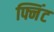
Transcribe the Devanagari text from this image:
फ्निंट